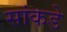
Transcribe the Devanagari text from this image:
सांकडे